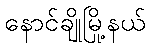
နောင်ချိုမြို့နယ်